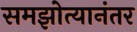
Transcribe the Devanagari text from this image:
समझोत्यानंतर